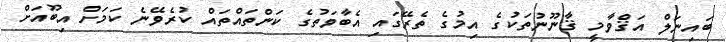
ބައިނަލް އަޤްވާމީ ޤާނޫނުތަކުގެ އިމުގެ ތެރޭގައި އެބާވަތުގެ ކަންތައްތައް ކުރެވޭނެ ކަމަށް އިބޫއަށް